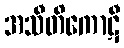
အသီတိကောဋီ